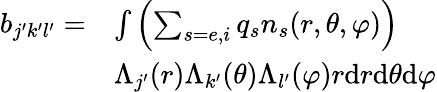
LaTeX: \begin{array}{rl}{b_{j^{\prime}k^{\prime}l^{\prime}}=}&{\int\left(\sum_{s=e,i}q_{s}n_{s}(r,\theta,\varphi)\right)}\\ &{\Lambda_{j^{\prime}}(r)\Lambda_{k^{\prime}}(\theta)\Lambda_{l^{\prime}}(\varphi)r\mathrm{d}r\mathrm{d}\theta\mathrm{d}\varphi}\end{array}